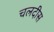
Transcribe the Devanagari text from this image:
चलदीस